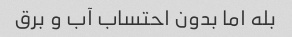
بله اما بدون احتساب آب و برق